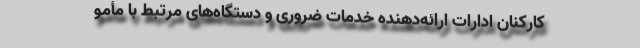
کارکنان ادارات ارائه‌دهنده خدمات ضروری و دستگاه‌های مرتبط با مأمو